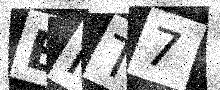
Text: BKT7